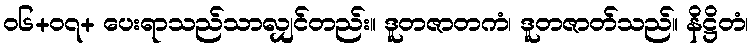
၀၆+၀၇+ ပေးရာသည်သာလျှင်တည်း။ ဒူတဇာတကံ၊ ဒူတဇာတ်သည်။ နိဋ္ဌိတံ၊